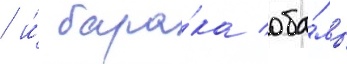
/ и́ бара́ка оба́мы